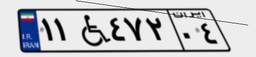
۱۱W۴۷۲۰۴